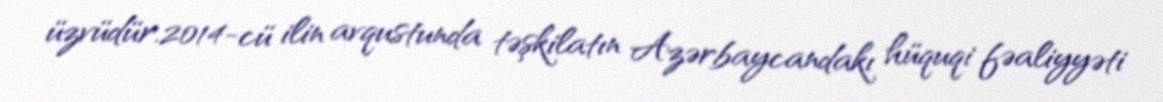
üzvüdür.2014-cü ilin avqustunda təşkilatın Azərbaycandakı hüquqi fəaliyyəti